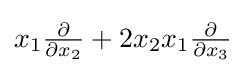
x_{1}{\tfrac {\partial }{\partial x_{2}}}+2x_{2}x_{1}{\tfrac {\partial }{\partial x_{3}}}